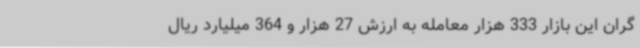
گران این بازار 333 هزار معامله به ارزش 27 هزار و 364 میلیارد ریال